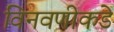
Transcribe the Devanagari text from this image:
विनवणीकडे